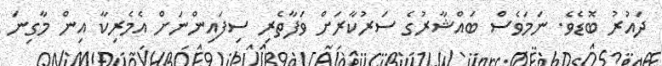
ދައުރު ބޮޑެވެ. ނަމަވެސް ބައްޝާރުގެ ސަރުކާރަށް ވަފާތެރި ސިފައިންނަށް އެމެރިކާ އިން މާގިނަ